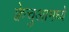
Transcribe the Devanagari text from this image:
क्वेचुआमध्ये